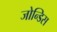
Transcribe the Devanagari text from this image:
जोन्डिस